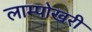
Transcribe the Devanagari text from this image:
लाम्पोखरी